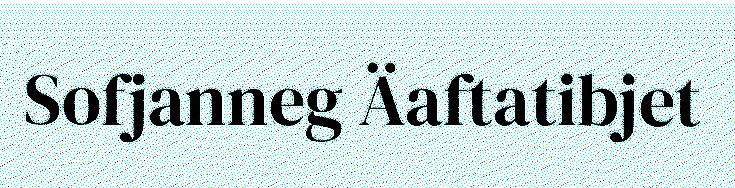
Sofjanneg Äaftatibjet